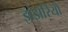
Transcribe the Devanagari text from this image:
झंझरियों